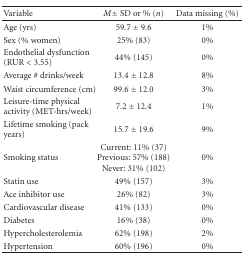
<table><thead><tr><td><b>Variable</b></td><td><b><i>M</i> ± SD or % (<i>n</i>)</b></td><td><b>Data missing (%)</b></td></tr></thead><tbody><tr><td>Age (yrs)</td><td>59.7 ± 9.6</td><td>1%</td></tr><tr><td>Sex (% women)</td><td>25% (83)</td><td>0%</td></tr><tr><td>Endothelial dysfunction (RUR &lt; 3.55)</td><td>44% (145)</td><td>0%</td></tr><tr><td>Average # drinks/week</td><td>13.4 ± 12.8</td><td>8%</td></tr><tr><td>Waist circumference (cm)</td><td>99.6 ± 12.0</td><td>3%</td></tr><tr><td>Leisure-time physical activity (MET-hrs/week)</td><td>7.2 ± 12.4</td><td>1%</td></tr><tr><td>Lifetime smoking (pack years)</td><td>15.7 ± 19.6</td><td>9%</td></tr><tr><td>Smoking status</td><td>Current: 11% (37) Previous: 57% (188) Never: 31% (102)</td><td>0%</td></tr><tr><td>Statin use</td><td>49% (157)</td><td>3%</td></tr><tr><td>Ace inhibitor use</td><td>26% (82)</td><td>3%</td></tr><tr><td>Cardiovascular disease</td><td>41% (133)</td><td>0%</td></tr><tr><td>Diabetes</td><td>16% (38)</td><td>0%</td></tr><tr><td>Hypercholesterolemia</td><td>62% (198)</td><td>2%</td></tr><tr><td>Hypertension</td><td>60% (196)</td><td>0%</td></tr></tbody></table>